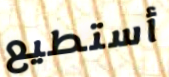
أستطيع